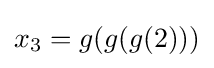
x_{3}=g(g(g(2)))